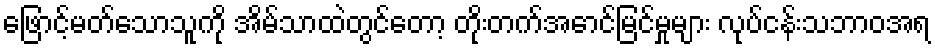
ဖြောင့်မတ်သောသူကို အိမ်သာထဲတွင်တော့ တိုးတက်အောင်မြင်မှုများ လုပ်ငန်းသဘာဝအရ